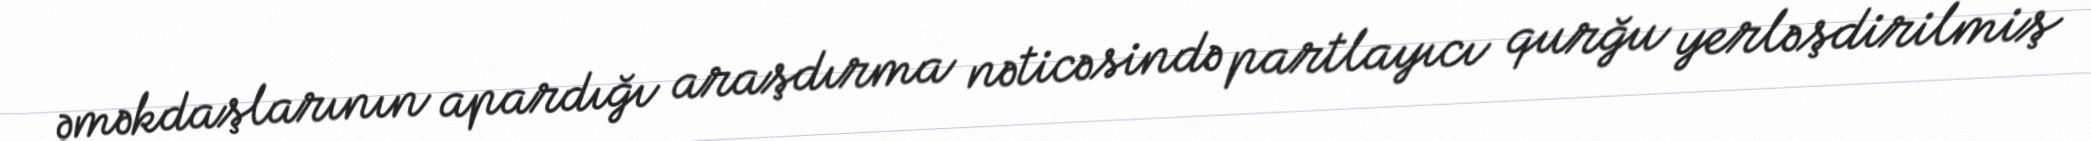
əməkdaşlarının apardığı araşdırma nəticəsində partlayıcı qurğu yerləşdirilmiş